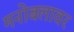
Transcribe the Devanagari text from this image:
मनोबलावर